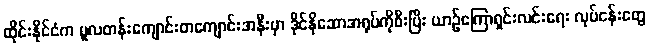
ထိုင်းနိုင်ငံက မူလတန်းကျောင်းတကျောင်းအနီးမှာ ဒိုင်နိုဆောအရုပ်ကိုစီးပြီး ယာဉ်ကြောရှင်းလင်းရေး လုပ်ငန်းတွေ